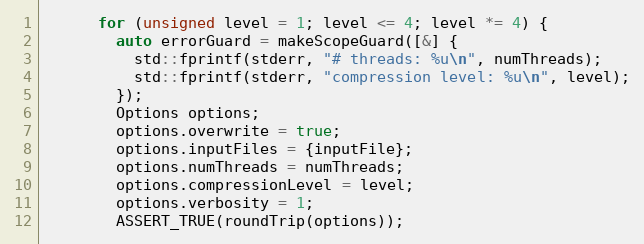
Language: C++
      for (unsigned level = 1; level <= 4; level *= 4) {
        auto errorGuard = makeScopeGuard([&] {
          std::fprintf(stderr, "# threads: %u\n", numThreads);
          std::fprintf(stderr, "compression level: %u\n", level);
        });
        Options options;
        options.overwrite = true;
        options.inputFiles = {inputFile};
        options.numThreads = numThreads;
        options.compressionLevel = level;
        options.verbosity = 1;
        ASSERT_TRUE(roundTrip(options));